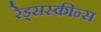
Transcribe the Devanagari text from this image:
रेड्सस्कीन्स